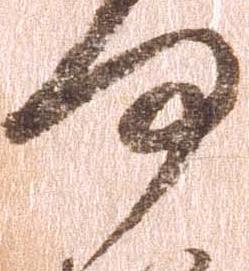
何